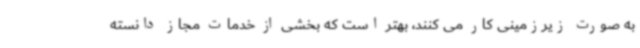
به صورت زیرزمینی کار می کنند، بهتر است که بخشی از خدمات مجاز دانسته